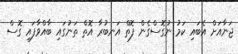
ޖަނާއަށް އެބައި ކަމު ނުގޮސްގެން ފޮތް އަނބުރާ އޮތް ތަނުގައި ބާއްވާފައި ގޮސް